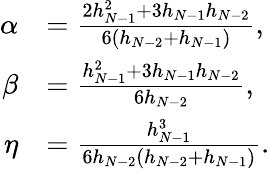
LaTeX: {\begin{array}{rl}{\alpha}&{={\frac{2h_{N-1}^{2}+3h_{N-1}h_{N-2}}{6(h_{N-2}+h_{N-1})}},}\\ {\beta}&{={\frac{h_{N-1}^{2}+3h_{N-1}h_{N-2}}{6h_{N-2}}},}\\ {\eta}&{={\frac{h_{N-1}^{3}}{6h_{N-2}(h_{N-2}+h_{N-1})}}.}\end{array}}